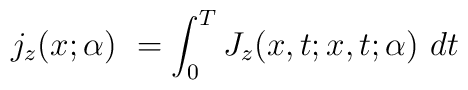
j_z(x;\alpha)\ =\int_0^TJ_z(x,t;x,t;\alpha)\ dt